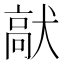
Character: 𩫈